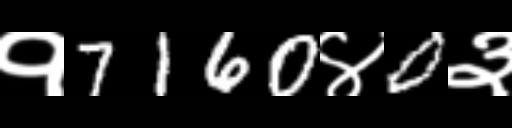
Text: १7160४0३